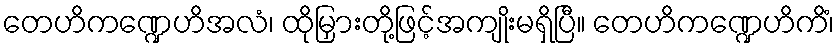
တေဟိကဏ္ဍေဟိအလံ၊ ထိုမြှားတို့ဖြင့်အကျိုးမရှိပြီ။ တေဟိကဏ္ဍေဟိကိံ၊